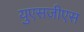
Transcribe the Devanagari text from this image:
युएसजीएस